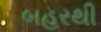
બહરથી